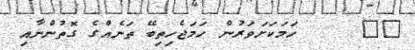
٦٦     ހަމަކަށަވަރުން ހަމަޖެހިތިބޭ ތަނެއްގެ ގޮތުންނާއި